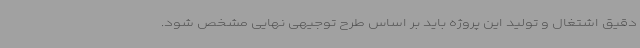
دقیق اشتغال و تولید این پروژه باید بر اساس طرح توجیهی نهایی مشخص شود.